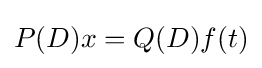
P(D)x=Q(D)f(t)